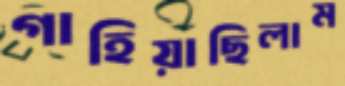
গাহিয়াছিলাম